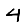
Digit: 4